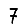
Digit: 7